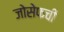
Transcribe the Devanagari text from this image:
जोसेफची